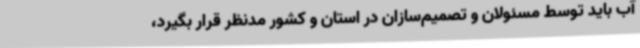
آب باید توسط مسئولان و تصمیم‌سازان در استان و کشور مدنظر قرار بگیرد،